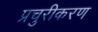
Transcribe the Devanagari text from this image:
प्रचुरीकरण